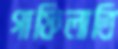
গাফিলাতি